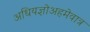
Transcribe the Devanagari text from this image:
अधियज्ञोअहमेवात्र